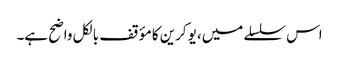
اس سلسلے میں، یوکرین کا مؤقف بالکل واضح ہے۔